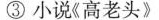
③小说《高老头》